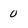
Character: 0